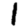
Digit: 1